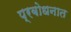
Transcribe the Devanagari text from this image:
प्रबोधनात